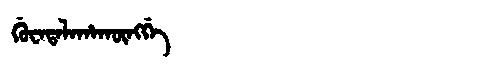
Manchu: ᡤᡠᠸᠠᡨᠠᠯᠠᡥᠠᡴᡡᠩᡤᡝ
Romanization: GUWATALAHAKŪNGGE